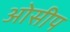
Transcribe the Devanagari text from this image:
ओसीप